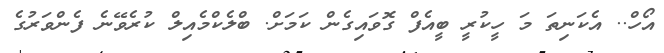
އޯހް.. އެކަނިތަ މަ ހީކުރީ ބީއެފް ގޮވައިގެން ކަމަށް. ބްލެކްމެއިލް ކުރެވޭނެ ފެންވަރުގެ